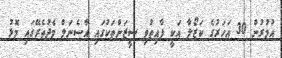
އުމުރުން 30 އަހަރުގެ ކަޒޯލާ އަކީ ފާއިތުވި ސީޒަންތަކުގައި އާސެނަލް މެދުތެރޭގައި މޮޅު